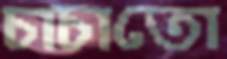
চাচাতো